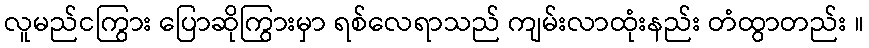
လူမည်ငကြွား ပြောဆိုကြွားမှာ ရစ်လေရာသည် ကျမ်းလာထုံးနည်း တံထွာတည်း ။